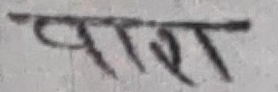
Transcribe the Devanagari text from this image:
पृराणा